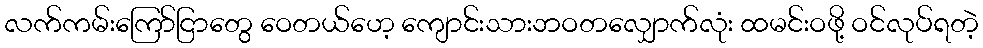
လက်ကမ်းကြော်ငြာတွေ ဝေတယ်ဟေ့ ကျောင်းသားဘဝတလျှောက်လုံး ထမင်းဝဖို့ ဝင်လုပ်ရတဲ့